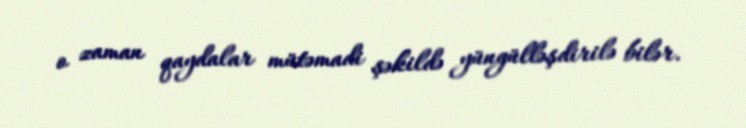
o zaman qaydalar mütəmadi şəkildə yüngülləşdirilə bilər.